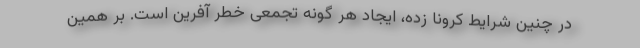
در چنین شرایط کرونا زده، ایجاد هر گونه تجمعی خطر آفرین است. بر همین